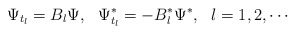
\begin{align*}\Psi_{t_l}= B_l \Psi, \ \ \Psi^*_{t_l}= -B_l^* \Psi^* ,\ \ l=1,2,\cdots\end{align*}